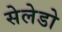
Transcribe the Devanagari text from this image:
सेलेडो